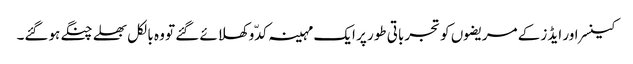
کینسر اور ایڈز کے مریضوں کو تجرباتی طور پر ایک مہینہ کدّو کھلائے گئے تو وہ بالکل بھلے چنگے ہوگئے۔